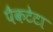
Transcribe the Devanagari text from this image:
पैकटेटा